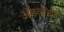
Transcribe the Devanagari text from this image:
अॅडव्हेंचर